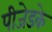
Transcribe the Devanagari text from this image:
पीजेडके